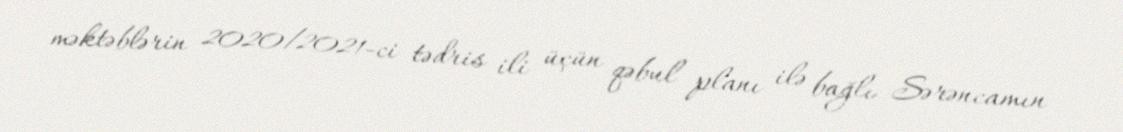
məktəblərin 2020/2021-ci tədris ili üçün qəbul planı ilə bağlı Sərəncamın